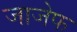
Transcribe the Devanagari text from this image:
जाजेफ